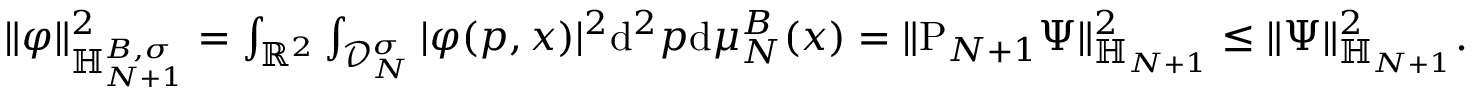
\begin{array} { r } { \Vert \varphi \Vert _ { { \mathbb H } _ { N + 1 } ^ { B , \sigma } } ^ { 2 } = \int _ { \mathbb R ^ { 2 } } \int _ { \mathscr D _ { N } ^ { \sigma } } \vert \varphi ( p , x ) \vert ^ { 2 } \mathrm { d } ^ { 2 } p \mathrm { d } \mu _ { N } ^ { B } ( x ) = \Vert \mathrm P _ { N + 1 } \Psi \Vert _ { { \mathbb H } _ { N + 1 } } ^ { 2 } \leq \Vert \Psi \Vert _ { { \mathbb H } _ { N + 1 } } ^ { 2 } . } \end{array}